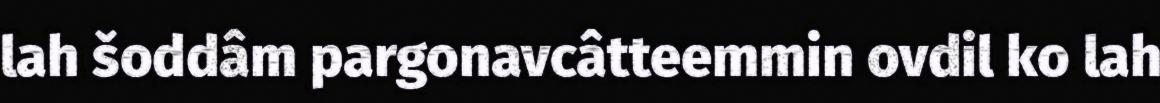
lah šoddâm pargonavcâtteemmin ovdil ko lah